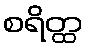
စရိတ္ထ